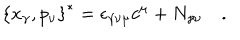
\left\{ x _ { \gamma } , p _ { \nu } \right\} ^ { * } = \epsilon _ { \gamma \nu \mu } c ^ { \mu } + N _ { \gamma \nu } \quad .